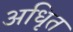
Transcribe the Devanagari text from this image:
अधिृत